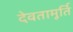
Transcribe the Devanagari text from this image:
देवतामूर्ति